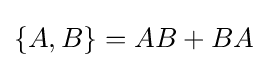
\{A,B\}=AB+BA